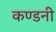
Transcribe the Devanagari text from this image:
कण्डनी